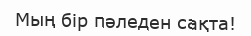
Мың бір пәледен сақта!